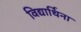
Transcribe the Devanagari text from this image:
विद्यार्थिना